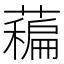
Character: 藊